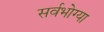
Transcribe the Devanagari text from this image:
सर्वभोग्या